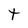
Character: t